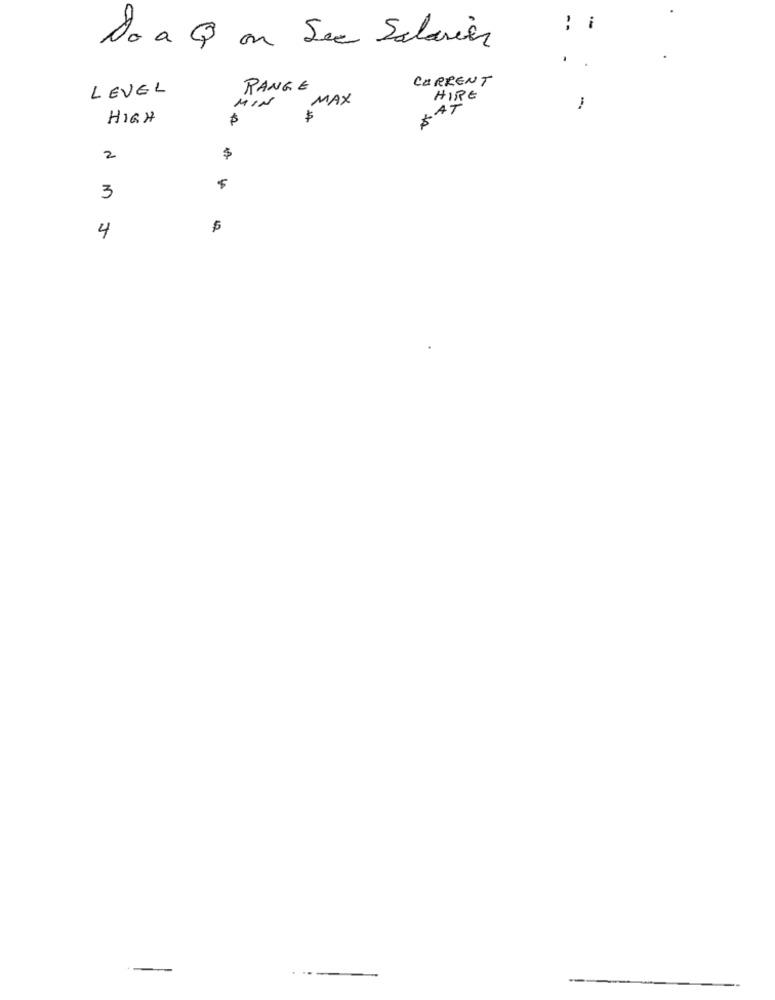
- -
-
No a Q on Sec Salarier
CURRENT
LEVEL
RANGE
MIN
MAX
HIRE
HIGH
$
2
$
3
4